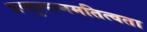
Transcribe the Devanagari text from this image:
प्रत्युत्पन्नमतित्वता